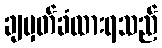
ချမှတ်ခံထားရသည်